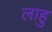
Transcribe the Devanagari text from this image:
लाहु